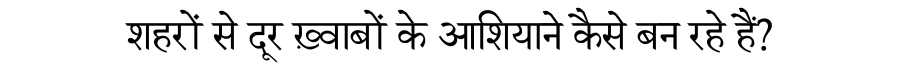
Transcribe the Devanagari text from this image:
शहरों से दूर ख़्वाबों के आशियाने कैसे बन रहे हैं?